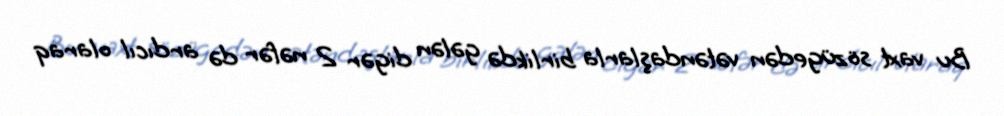
Bu vaxt sözügedən vətəndaşlarla birlikdə gələn digər 2 nəfər də ardıcıl olaraq